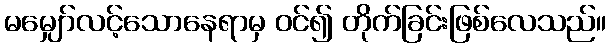
မမျှော်လင့်သောနေရာမှ ဝင်၍ တိုက်ခြင်းဖြစ်လေသည်။